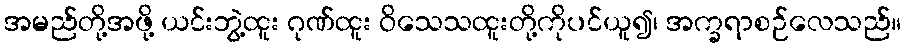
အမည်တို့အဖို့ ယင်းဘွဲ့ထူး ဂုဏ်ထူး ဝိသေသထူးတို့ကိုပင်ယူ၍၊ အက္ခရာစဉ်လေသည်။